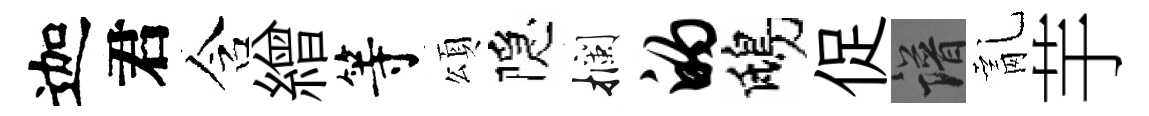
迦君含繒等頌隠攔的鴟促譜亂芋